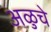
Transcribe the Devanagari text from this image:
अळुचे